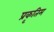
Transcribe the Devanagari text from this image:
प्रकृतिम